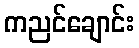
ကညင်ချောင်း